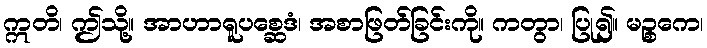
ဣတိ၊ ဤသို့။ အာဟာရူပစ္ဆေဒံ၊ အစာဖြတ်ခြင်းကို။ ကတွာ၊ ပြု၍။ မဉ္စကေ၊